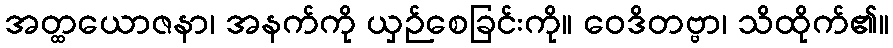
အတ္ထယောဇနာ၊ အနက်ကို ယှဉ်စေခြင်းကို။ ဝေဒိတဗ္ဗာ၊ သိထိုက်၏။